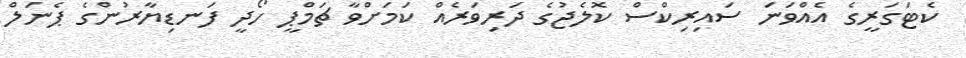
ކެޓަގަރީގެ އެއްވަނަ ސައިރިކްސް ކޮލެޖުގެ ދަރިވަރެއް ކަމަށްވާ ޗަމްޕީ ހޯދީ ފަނޑިޔާރުންގެ ޕެނަލް